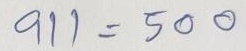
911 = 500